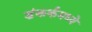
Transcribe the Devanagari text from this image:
डंकर्कमध्ये